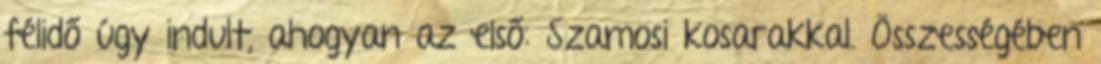
félidő úgy indult, ahogyan az első: Szamosi kosarakkal. Összességében